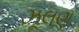
ઝૂલણ